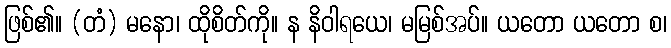
ဖြစ်၏။ (တံ) မနော၊ ထိုစိတ်ကို။ န နိဝါရယေ၊ မမြစ်အပ်။ ယတော ယတော စ၊